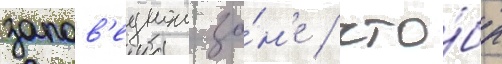
запов'еднои зо́н'е / что́бы